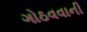
ગોઠવવાની